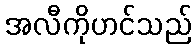
အလီကိုဟင်သည်